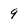
Character: 9